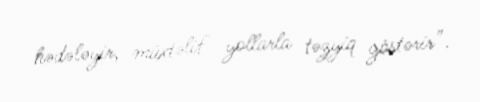
hədələyir, müxtəlif yollarla təzyiq göstərir”.